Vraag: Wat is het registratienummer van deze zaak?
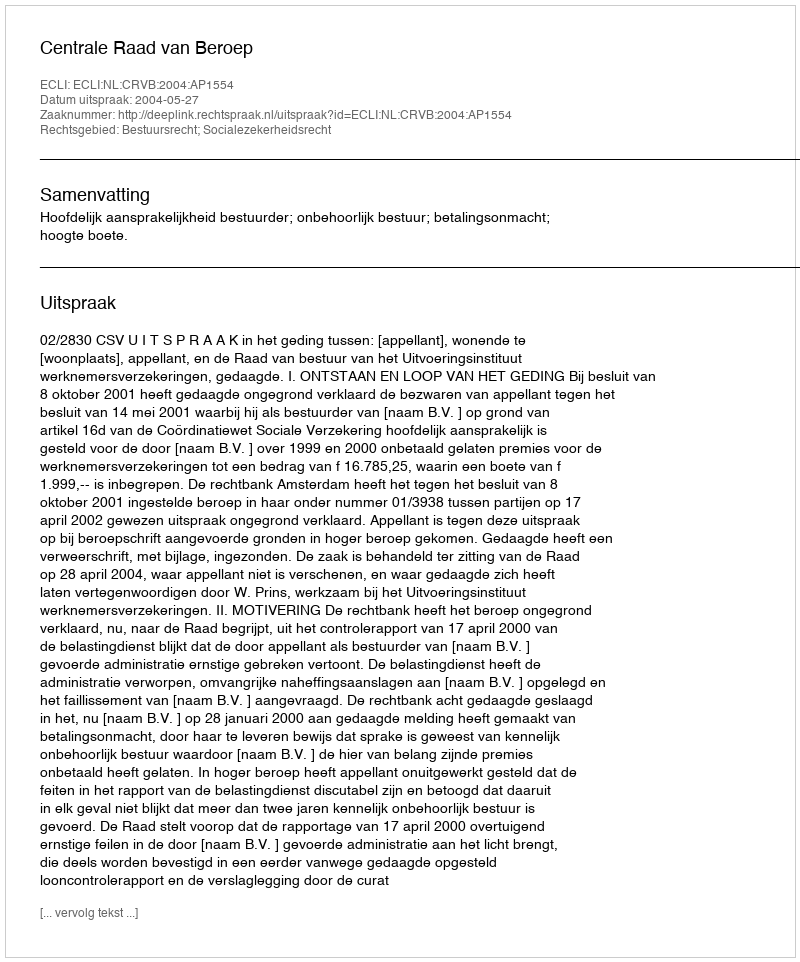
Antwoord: http://deeplink.rechtspraak.nl/uitspraak?id=ECLI:NL:CRVB:2004:AP1554